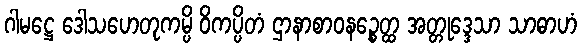
ဂါမဋ္ဌေ ဒေါသဟေတုကမ္ပိ ဝိကပ္ပိတံ ဌာနာစာဝနဉ္စေတ္ထ အတ္တုဒ္ဒေသာ သာဓာဟံ